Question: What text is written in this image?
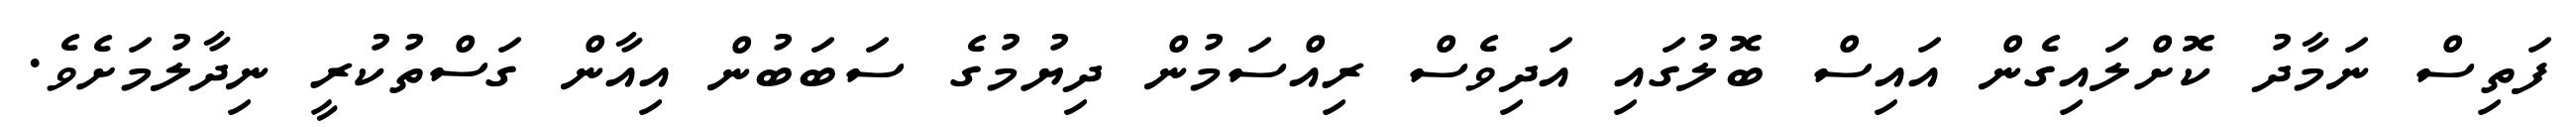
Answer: ފަތިސް ނަމާދު ކޮށްލައިގެން އައިސް ބޮލުގައި އަދިވެސް ރިއްސަމުން ދިޔުމުގެ ސަބަބުން އިއާން ގަސްތުކުރީ ނިދާލުމަށެވެ.